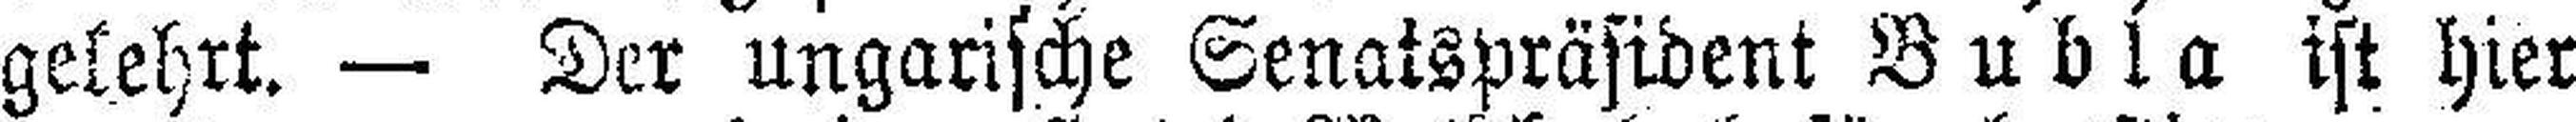
gekehrt. — Der ungarische Senatspräsident Bubla ist hier